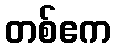
တစ်ဧက